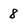
Character: 8